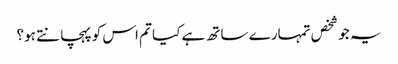
یہ جو شخص تمہارے ساتھ ہے کیا تم اس کوپہچانتے ہو؟